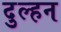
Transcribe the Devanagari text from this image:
दुल्‍हन